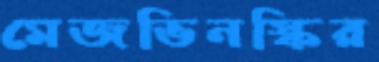
মেজভিনস্কির